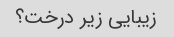
زیبایی زیر درخت؟